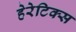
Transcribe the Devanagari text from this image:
हेरेटिक्स